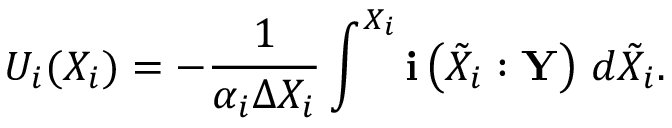
U _ { i } ( X _ { i } ) = - \frac { 1 } { \alpha _ { i } \Delta X _ { i } } \int ^ { X _ { i } } \mathbf { i } \left( \tilde { X } _ { i } : \mathbf { Y } \right) \, d \tilde { X } _ { i } .